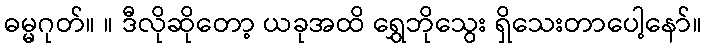
ဓမ္မဂုတ်။ ။ ဒီလိုဆိုတော့ ယခုအထိ ရွှေဘိုသွေး ရှိသေးတာပေါ့နော်။